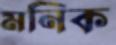
মনিক